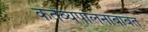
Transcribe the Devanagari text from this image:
कर्तव्यपालनाबाबत